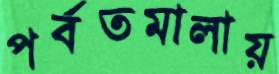
পর্বতমালায়